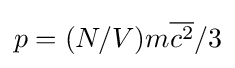
p=(N/V)m{\overline {c^{2}}}/3